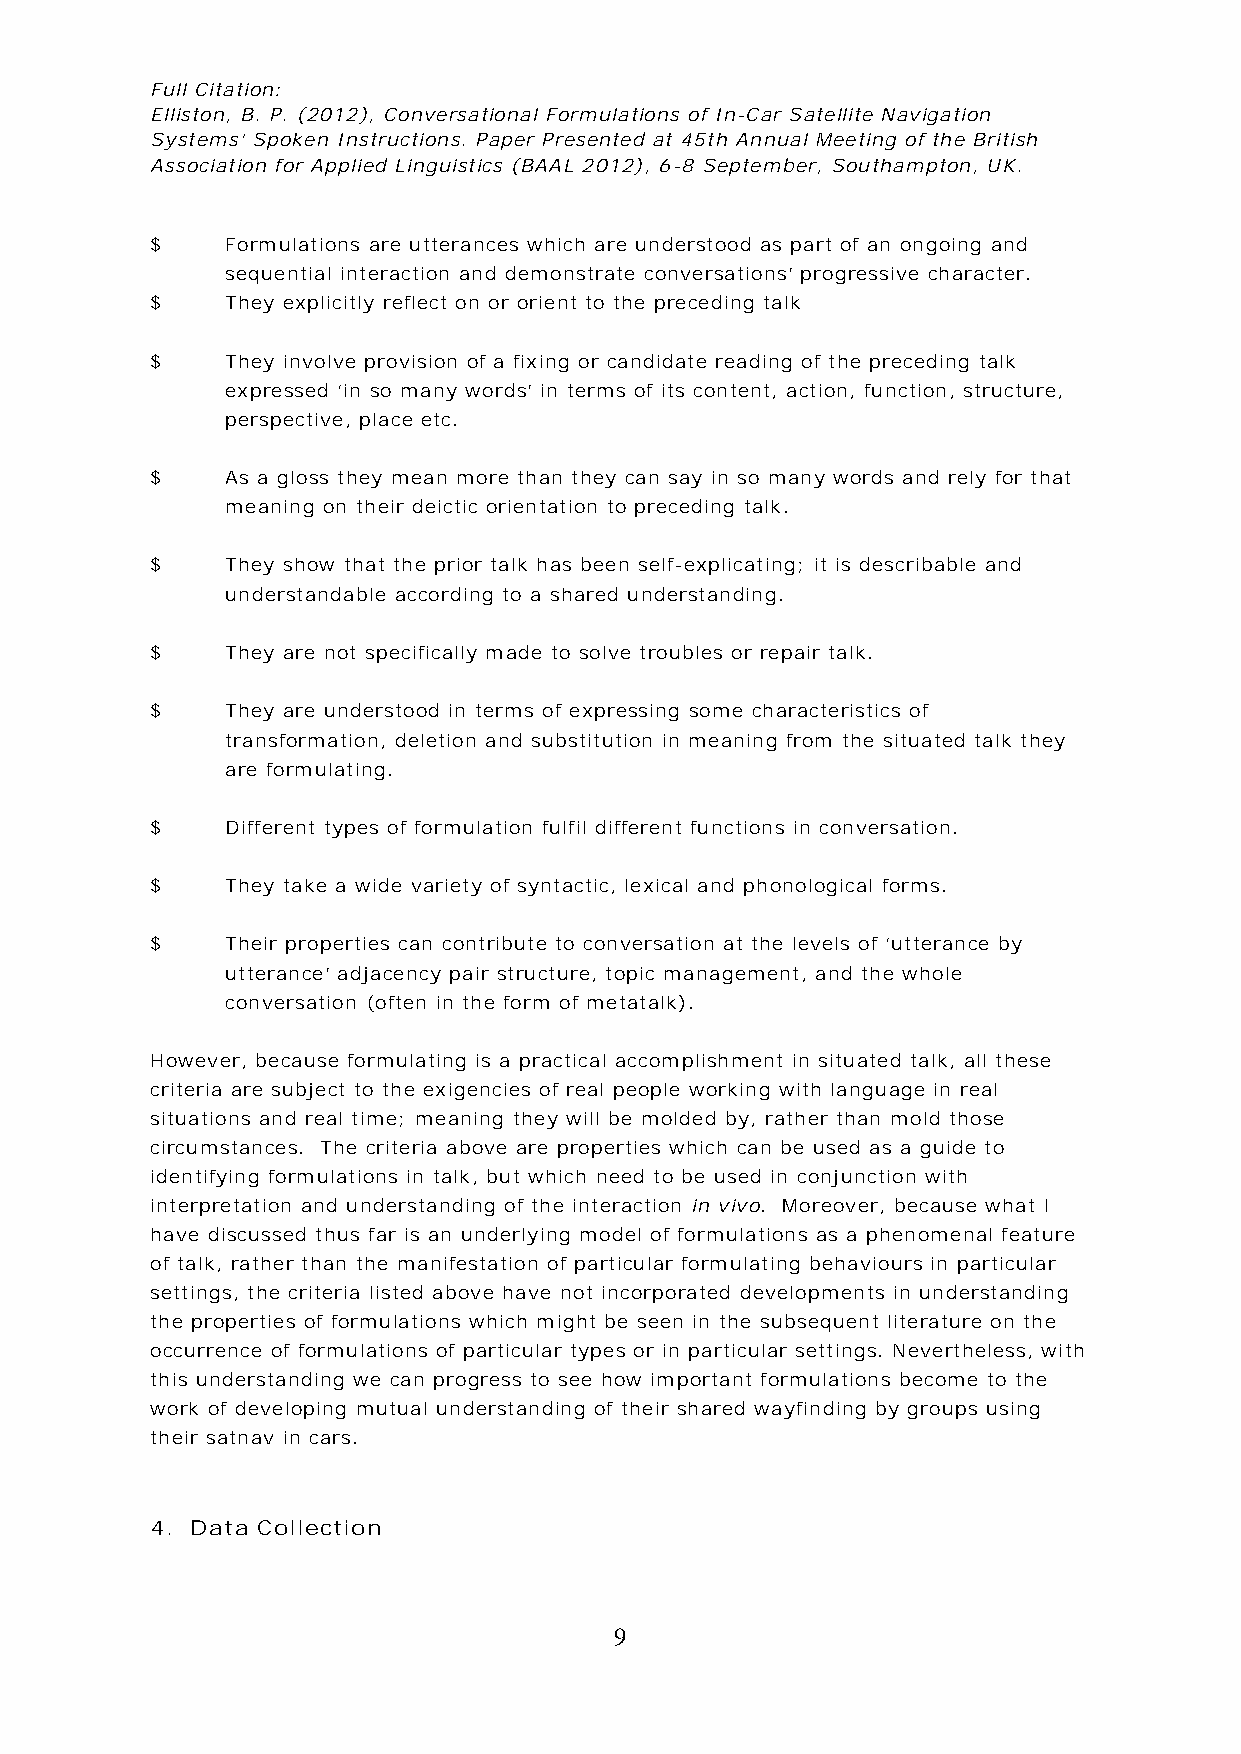
Full Citation:
 Elliston, B. P. (2012), Conversational Formulations of In-Car Satellite Navigation
 Systems’ Spoken Instructions. Paper Presented at 45th Annual Meeting of the British
 Association for Applied Linguistics (BAAL 2012), 6-8 September, Southampton, UK.
 $    Formulations are utterances which are understood as part of an ongoing and
 sequential interaction and demonstrate conversations’ progressive character.
 $    They explicitly reflect on or orient to the preceding talk
 $    They involve provision of a fixing or candidate reading of the preceding talk
 expressed ‘in so many words’ in terms of its content, action, function, structure,
 perspective, place etc.
 $    As a gloss they mean more than they can say in so many words and rely for that
 meaning on their deictic orientation to preceding talk.
 $    They show that the prior talk has been self-explicating; it is describable and
 understandable according to a shared understanding.
 $    They are not specifically made to solve troubles or repair talk.
 $    They are understood in terms of expressing some characteristics of
 transformation, deletion and substitution in meaning from the situated talk they
 are formulating.
 $    Different types of formulation fulfil different functions in conversation.
 $    They take a wide variety of syntactic, lexical and phonological forms.
 $    Their properties can contribute to conversation at the levels of ‘utterance by
 utterance’ adjacency pair structure, topic management, and the whole
 conversation (often in the form of metatalk).
 However, because formulating is a practical accomplishment in situated talk, all these
 criteria are subject to the exigencies of real people working with language in real
 situations and real time; meaning they will be molded by, rather than mold those
 circumstances. The criteria above are properties which can be used as a guide to
 identifying formulations in talk, but which need to be used in conjunction with
 interpretation and understanding of the interaction in vivo. Moreover, because what I
 have discussed thus far is an underlying model of formulations as a phenomenal feature
 of talk, rather than the manifestation of particular formulating behaviours in particular
 settings, the criteria listed above have not incorporated developments in understanding
 the properties of formulations which might be seen in the subsequent literature on the
 occurrence of formulations of particular types or in particular settings. Nevertheless, with
 this understanding we can progress to see how important formulations become to the
 work of developing mutual understanding of their shared wayfinding by groups using
 their satnav in cars.
 4. Data Collection
 9